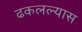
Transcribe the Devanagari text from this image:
ढकलल्यास